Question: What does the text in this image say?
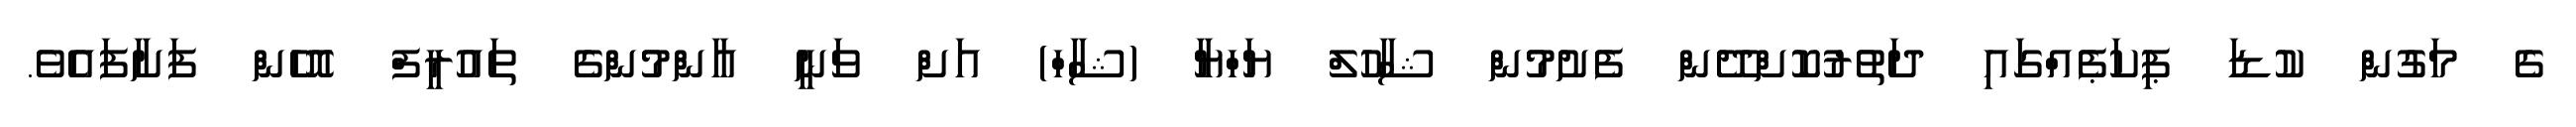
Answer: ގެ މަގުން ކުޑަ ޕިކަޕެއްގައި ދަތުރުކޮށްދޭން ފެށުމުން ޝާހުލް ޔަހްޔާ (ޝާހް) އަށް ވަނީ އާންމުންގެ ތައުރީފް އޮހެން ފަށާފައެވެ.